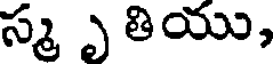
స్మ ృ తియు,